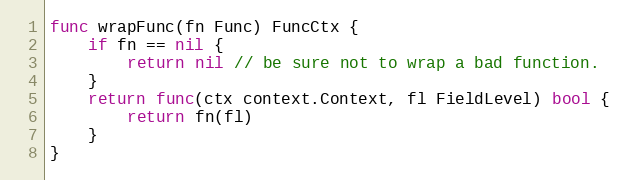
Language: Go
func wrapFunc(fn Func) FuncCtx {
	if fn == nil {
		return nil // be sure not to wrap a bad function.
	}
	return func(ctx context.Context, fl FieldLevel) bool {
		return fn(fl)
	}
}